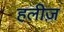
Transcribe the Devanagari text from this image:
हलीज़